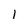
Character: 1